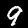
Label: 9